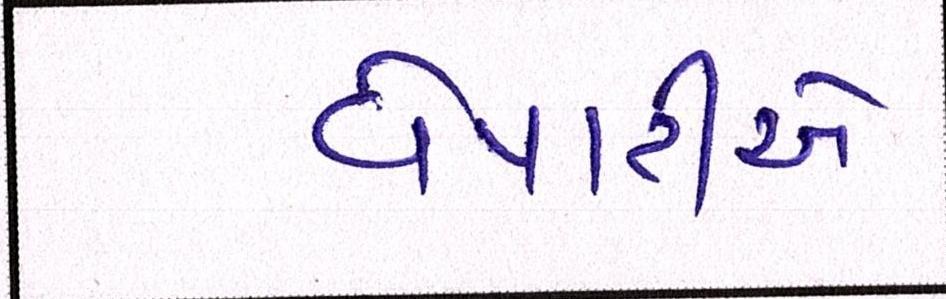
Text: વેપારીએ